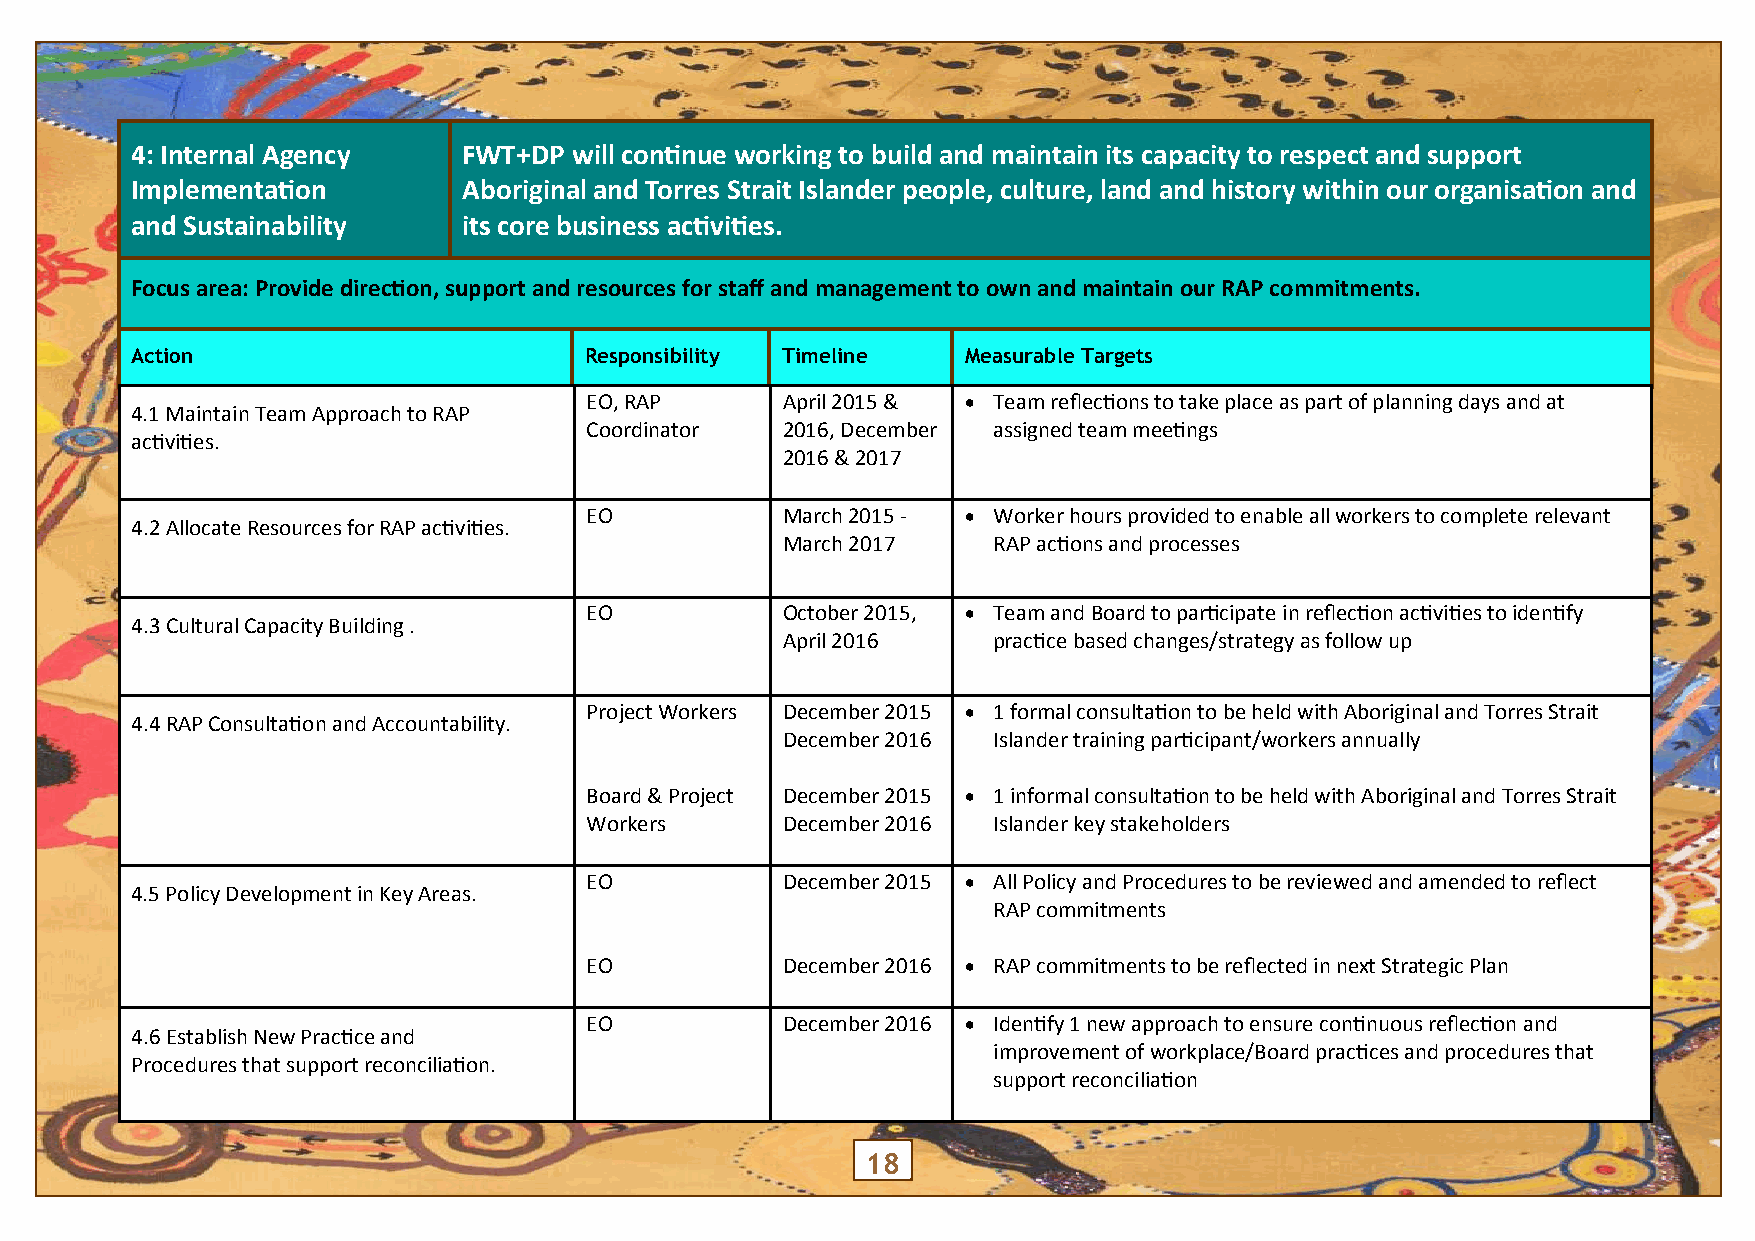
4: Internal Agency    FWT+DP will continue working to build and maintain its capacity to respect and support
 Implementation        Aboriginal and Torres Strait Islander people, culture, land and history within our organisation and
 and Sustainability    its core business activities.
 Focus area: Provide direction, support and resources for staff and management to own and maintain our RAP commitments.
 Action                        Responsibility Timeline  Measurable Targets
 EO, RAP      April 2015 &  Team reflections to take place as part of planning days and at
 4.1 Maintain Team Approach to RAP
 Coordinator  2016, December assigned team meetings
 activities.
 2016 & 2017
 EO           March 2015 -  Worker hours provided to enable all workers to complete relevant
 4.2 Allocate Resources for RAP activities.
 March 2017    RAP actions and processes
 EO           October 2015,  Team and Board to participate in reflection activities to identify
 4.3 Cultural Capacity Building .
 April 2016    practice based changes/strategy as follow up
 Project Workers December 2015  1 formal consultation to be held with Aboriginal and Torres Strait
 4.4 RAP Consultation and Accountability.
 December 2016 Islander training participant/workers annually
 Board & Project December 2015  1 informal consultation to be held with Aboriginal and Torres Strait
 Workers      December 2016 Islander key stakeholders
 EO           December 2015  All Policy and Procedures to be reviewed and amended to reflect
 4.5 Policy Development in Key Areas.
 RAP commitments
 EO           December 2016  RAP commitments to be reflected in next Strategic Plan
 EO           December 2016  Identify 1 new approach to ensure continuous reflection and
 4.6 Establish New Practice and
 improvement of workplace/Board practices and procedures that
 Procedures that support reconciliation.
 support reconciliation
 18